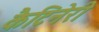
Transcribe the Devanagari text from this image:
कैटिनेरी